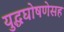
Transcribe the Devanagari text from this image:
युद्धघोषणेसह